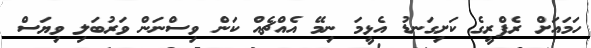
ހަމައަށް ރެފްރީގެ ކަށިގަނޑު އެޅީމަ ނިމޭ އެއްޗެއް ކަން ވިސްނަން ވަރުބަލި ވިޔަސް